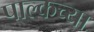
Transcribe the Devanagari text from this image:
पाल्कच्या